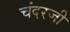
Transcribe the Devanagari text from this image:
चंदरजी